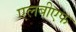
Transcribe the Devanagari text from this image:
एलबीएफ